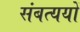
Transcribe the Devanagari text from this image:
संबत्ययों